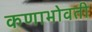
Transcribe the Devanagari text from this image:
कणाभोवती